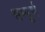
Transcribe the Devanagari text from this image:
सम्पूूूर्ण